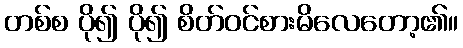
တစ်စ ပို၍ ပို၍ စိတ်ဝင်စားမိလေတော့၏။